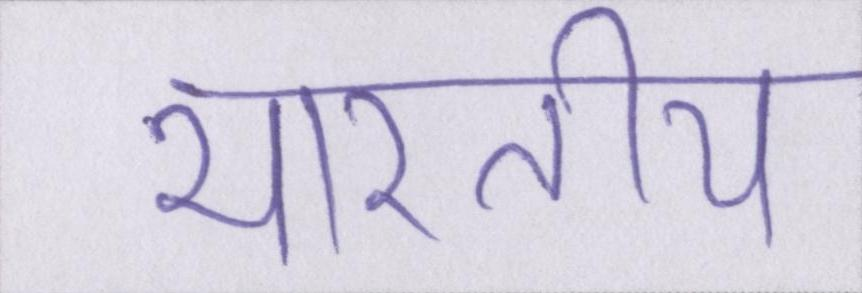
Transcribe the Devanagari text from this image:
भारतीय